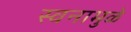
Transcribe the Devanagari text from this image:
स्वनामुळे